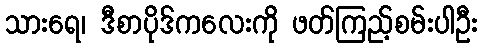
သားရေ၊ ဒီစာပိုဒ်ကလေးကို ဖတ်ကြည့်စမ်းပါဦး